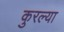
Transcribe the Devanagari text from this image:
कुरल्या